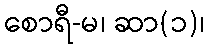
စောရီ-မ၊ ဆာ(၁)၊